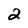
Character: 2